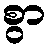
စွာ